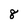
Character: 8